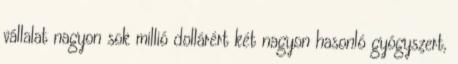
vállalat nagyon sok millió dollárért két nagyon hasonló gyógyszert,